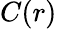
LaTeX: C(r)